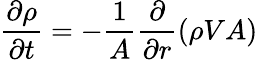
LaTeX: \frac{\partial\rho}{\partial t}=-\frac{1}{A}\frac{\partial}{\partial r}\left(\rho VA\right)